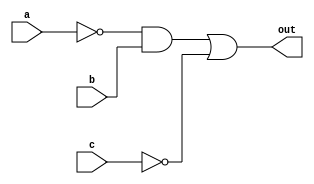
module ex1(
	output out,
	input a, b, c
);
	
assign out = (~a&b) | (~c);

endmodule